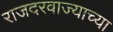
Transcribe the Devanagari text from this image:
राजदरवाज्याच्या